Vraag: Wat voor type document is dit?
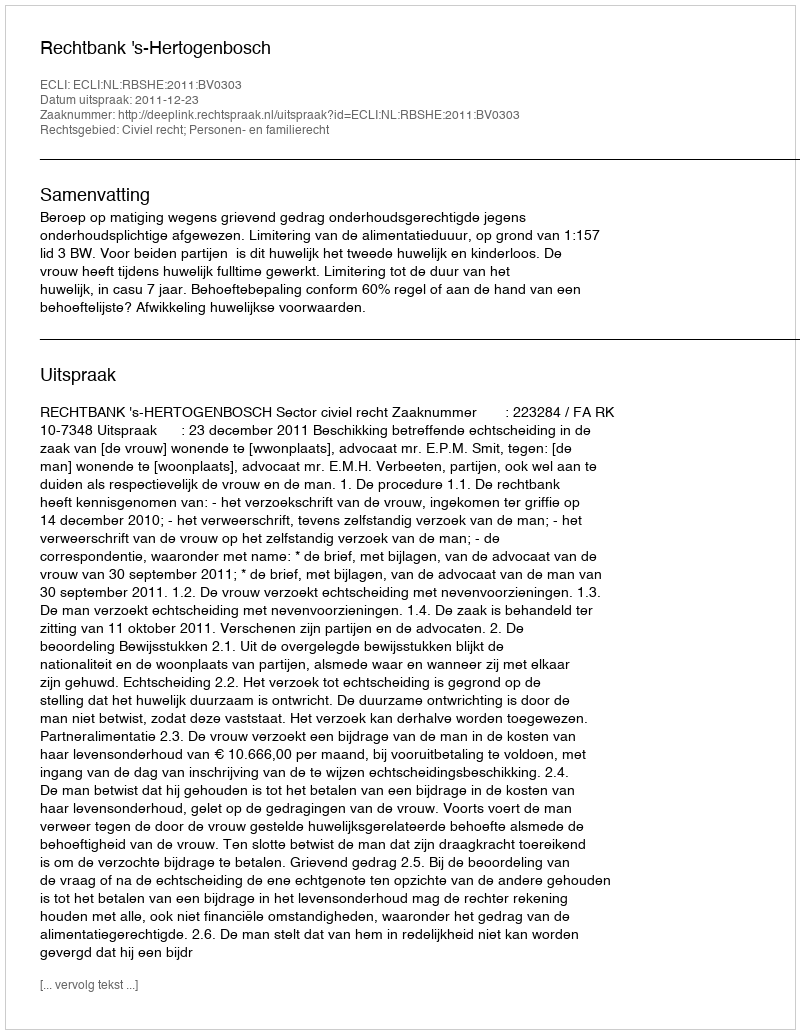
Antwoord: Uitspraak